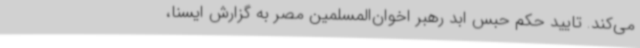
می‌کند. تایید حکم حبس ابد رهبر اخوان‌المسلمین مصر به گزارش ایسنا،